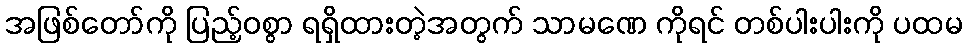
အဖြစ်တော်ကို ပြည့်ဝစွာ ရရှိထားတဲ့အတွက် သာမဏေ ကိုရင် တစ်ပါးပါးကို ပထမ